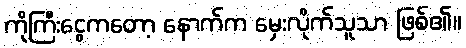
ကိုကြီးငွေကတော့ နောက်က မှေးလိုက်သူသာ ဖြစ်၏။